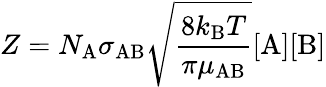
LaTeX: Z=N_{\mathrm{A}}\sigma_{\mathrm{AB}}{\sqrt{\frac{8k_{\mathrm{B}}T}{\pi\mu_{\mathrm{AB}}}}}[{\mathrm{A}}][{\mathrm{B}}]